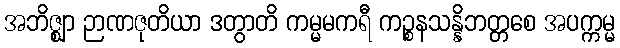
အဘိဇ္ဈာ ဉာဏဇုတိယာ ဒတွာတိ ကမ္မမကရီ ကဉ္စနသန္နိဘတ္တစေ အပက္ကမ္မ